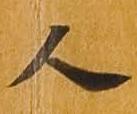
人